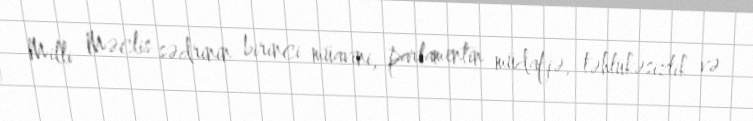
Milli Məclis sədrinin birinci müavini, parlamentin müdafiə, təhlükəsizlik və